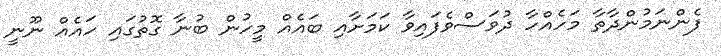
ފެންނަމުންދާތާ މަހެއްހާ ދުވަސްވެފައިވާ ކަމަށާއި ބައެއް މީހުން ބުނާ ގޮތުގައި ހައެއް ނޫނީ